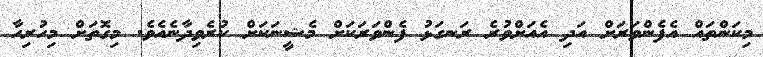
މިކަންތައް އެފެންވަރަށް އަދި އެއަށްވުރެ ރަނގަޅު ފެންވަރަކަށް މެޝީނަކަށް ކުރެވިދާނެއެވެ. މިގޮތަށް މިހުރިހާ